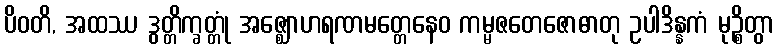
ပိဝတိ, အထဿ ဒွတ္တိက္ခတ္တုံ အဇ္ဈောဟရဏမတ္တေနေဝ ကမ္မဇတေဇောဓာတု ဥပါဒိန္နကံ မုဉ္စိတွာ